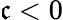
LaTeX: \mathfrak{c}<0